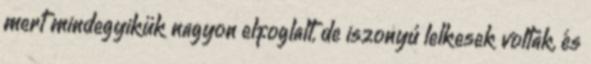
mert mindegyikük nagyon elfoglalt, de iszonyú lelkesek voltak, és